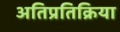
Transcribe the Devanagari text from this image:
अतिप्रतिक्रिया